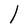
Character: l